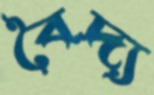
বৈদ্য